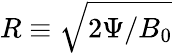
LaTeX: R\equiv\sqrt{2\Psi/B_{0}}